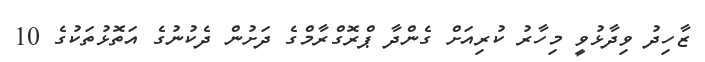
ޒާހިދު ވިދާޅުވީ މިހާރު ކުރިއަށް ގެންދާ ޕްރޮގްރާމްގެ ދަށުން ދެކުނުގެ އަތޮޅުތަކުގެ 10